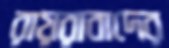
রায়রাবাদের